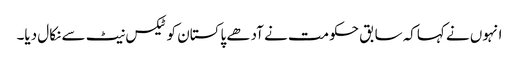
انہوں نے کہاکہ سابق حکومت نے آدھے پاکستان کو ٹیکس نیٹ سے نکال دیا۔